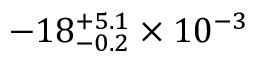
- 1 8 _ { - 0 . 2 } ^ { + 5 . 1 } \times 1 0 ^ { - 3 }